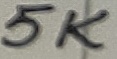
Text: 5K